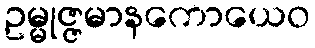
ဥမ္မုဇ္ဇမာနကောယေဝ